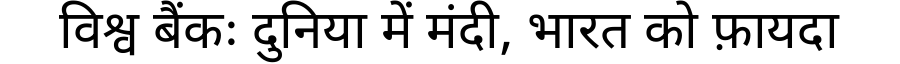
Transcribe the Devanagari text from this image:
विश्व बैंकः दुनिया में मंदी, भारत को फ़ायदा